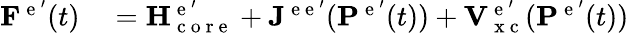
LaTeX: \begin{array}{rl}{\mathbf{F}^{\mathrm{~e~}^{\prime}}(t)}&{{}=\mathbf{H}_{\mathrm{~c~o~r~e~}}^{\mathrm{~e~}^{\prime}}+\mathbf{J}^{\mathrm{~e~e~}^{\prime}}(\mathbf{P}^{\mathrm{~e~}^{\prime}}(t))+\mathbf{V}_{\mathrm{~x~c~}}^{\mathrm{~e~}^{\prime}}(\mathbf{P}^{\mathrm{~e~}^{\prime}}(t))}\end{array}